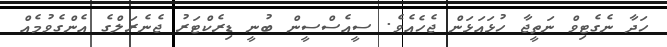
ހަދާ ނެގެޓިވް ނަތީޖާ ހުޅައަޅަން ޖެހެއެވެ. ސީއެސްސީން ބުނީ ޑިރެކްޓަރު ޖެނެރަލްގެ އެންގެވުމެއް